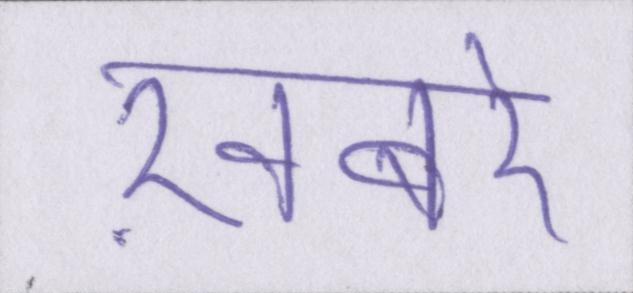
ख़बरें